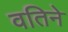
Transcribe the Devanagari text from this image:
वतिने